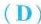
(D)